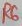
Text: R6